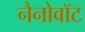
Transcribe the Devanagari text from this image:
नैनोवॉट